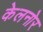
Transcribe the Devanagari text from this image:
केलनोर